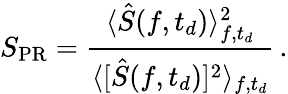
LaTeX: S_{\mathrm{PR}}=\frac{\langle\hat{S}(f,t_{d})\rangle_{f,t_{d}}^{2}}{\langle[\hat{S}(f,t_{d})]^{2}\rangle_{f,t_{d}}}\, .